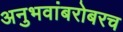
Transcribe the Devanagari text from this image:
अनुभवांबरोबरच